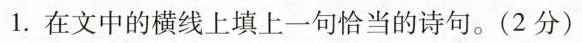
1.在文中的横线上填上一句恰当的诗句。(2分)